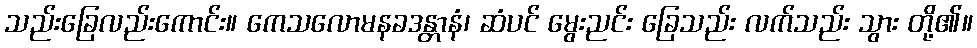
သည်းခြေလည်းကောင်း။ ကေသလောမနခဒန္တာနံ၊ ဆံပင် မွေးညင်း ခြေသည်း လက်သည်း သွား တို့၏။